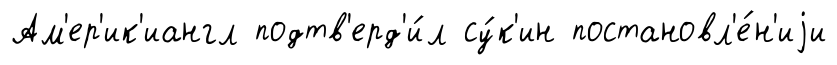
Ам'ер'ик'иангл подтв'ерд'и́л су́к'ин постановл'е́н'иjи